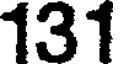
131